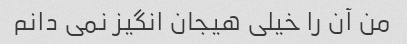
من آن را خیلی هیجان انگیز نمی دانم